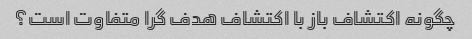
چگونه اکتشاف باز با اکتشاف هدف گرا متفاوت است؟